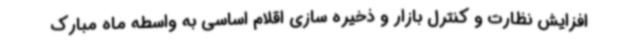
افزایش نظارت و کنترل بازار و ذخیره سازی اقلام اساسی به واسطه ماه مبارک